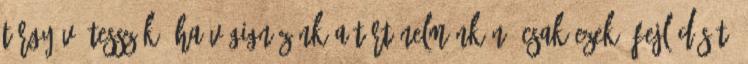
tárgyává tesszük. Ha végignézünk a történelmünkön, csak ezek „fejlődését”